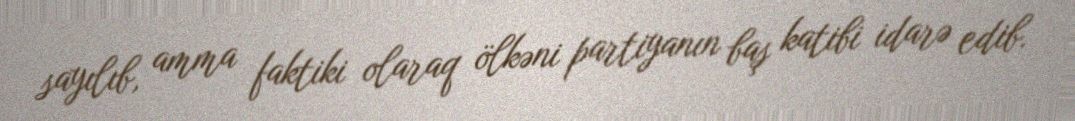
sayılıb, amma faktiki olaraq ölkəni partiyanın baş katibi idarə edib.